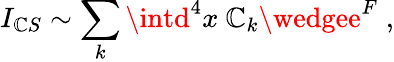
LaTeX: I_{\mathbb{C}S}\sim\sum_{k}\intd^{4}x~\mathbb{C}_{k}\wedgee^{F}\; ,